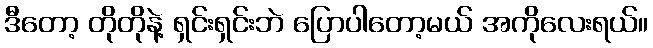
ဒီတော့ တိုတိုနဲ့ ရှင်းရှင်းဘဲ ပြောပါတော့မယ် အကိုလေးရယ်။